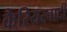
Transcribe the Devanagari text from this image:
कैरियरवादी